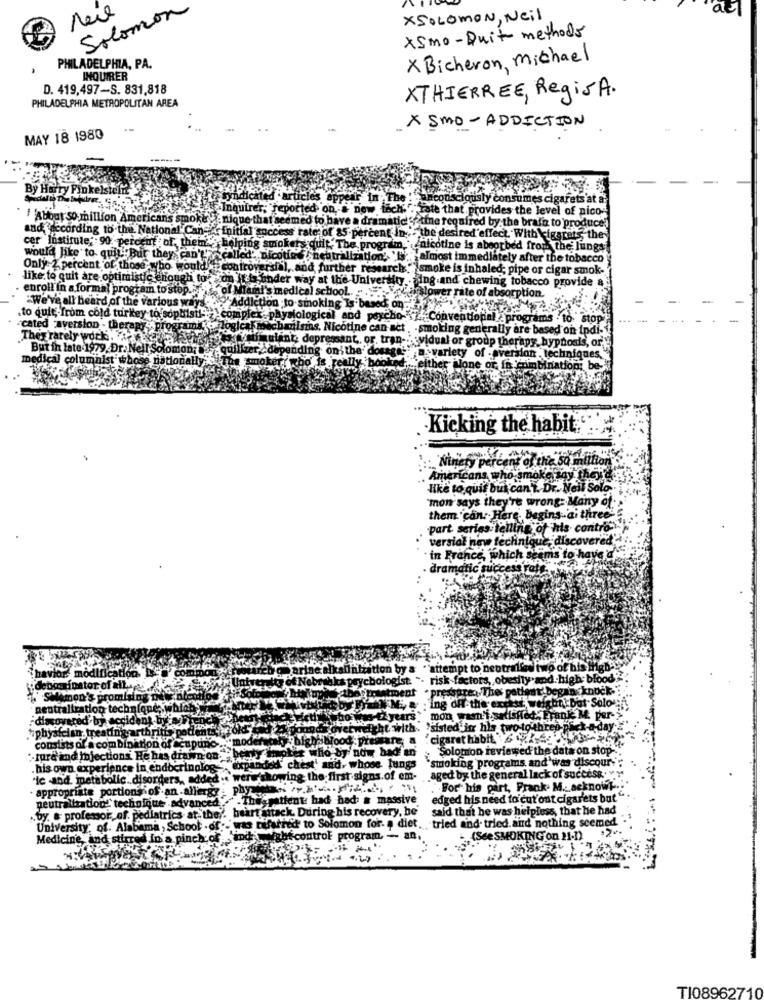
Nie
Solomon
XSOLOMON, Neil
xsmo-Quit methods
X Bicheron, michael
PHILADELPHIA, PA.
INQUIRER
D. 419,497-S. 831,818
PHILADELPHIA METROPOLITAN AREA
XTHIERREE, Regis A.
x SMO- ADDICTION
MAY 18 1980
By 1
posciously consumes cigarets at a
Inquire's, repor
DOR DOW
tate that provides the level of nico-
1 About so million Americans smok
to have a dramatic
Ptine required by the brain to produce.]
and according to the National Cane Enit
cer Institute, 90 percent of, them'
5-percent in: the desired effect, With kiggrets"they
be program, \'nicotine is absorbed from the lungs
would like to quit Bur they can't
lization' 'Is almost immediately after the tobacco
Only 2 percent of those who would
smoke is inhaled; pipe or cigar smok-
like to quit are optimistic enough to
g and chewing tobacco provide &
enroll in a formal program to stop ....
sorption.
"We've all heard of the various wa
.to quit ;. from cold turkey to sophisti-"
Conventional . programs . to sto
-cated aversion - therapy: programs, elogl
ficotine can act . - smoking generally are based on indi-i!
They rarely work. A.335 Let
mulint, depres
or, tran- vidual or group therapy, hypnosis, or,
But in late-1979. Dr. Nell Solomon;
iding oni the
variety
medical columnist whose nationally : The smoker : who
Kicking the habit.'
Apercent of the so intitions
Americans who smokesay theid's
like to quit bui can't. Dr. Neil Solo
"mon says they're wrong: Many of
them can: Here, begins ai three
part series telling of his contro
versial new technique, discovered
. in France, which seems to have a's
dramatic success rate.
ne alkalinization by a
""attempt to neutralles two of his High -!
Har modi
& psychologist.
risk factors, obesity and high blood"
inator of
· pressured The patient began knock."
Salomon's promising D
N .M. a . ing off the excess weight bot Solo
ment
neutraltration technfone; which
.discovered by accident by aa ceny
vered by
2years
mon wasn't satisfied. Eranke M. per-
physf
with: "sisted in his two to three pick-a day
Mehrs brood
cigarethabit.
consists of a com
"by now had'en
Solomon reviewed the data on stop -:
. fura and injectio
He has drawn On.
stroking programs and was discour
. his own exp
ence in endocrinolog
. whose lungs
"ic mod. metab
olic .disorders, added:
the-fi
st signs.of em-
.aged by the general lack of success . v.
appropriate
phy
"For his part, Frank. M .: acknowr .: "
hof.an allergy
& had . massive
edged his need to cut out cigarets but" .
neutralizations
"technique advanced.
During his recovery, be
said that he was helpless, that he had
. by, & professor of pediatrics at they' bearta
University of. Alab
bama , School . of .. Was DU
had to Solomon for. a diet. tried and tried and nothing seemed
Medicine, and stirred in a pinch of ind
hi-control program, - an,
(See SMOKINGfon 21-1)
TI08962710